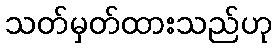
သတ်မှတ်ထားသည်ဟု